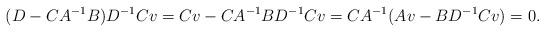
LaTeX: \begin{align*}(D - C A^{-1} B) D^{-1} C v = C v - C A^{-1} B D^{-1} C v = C A^{-1}(A v- B D^{-1} C v) = 0. \end{align*}